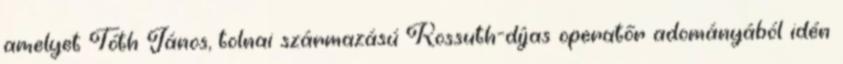
amelyet Tóth János, tolnai származású Kossuth-díjas operatőr adományából idén